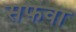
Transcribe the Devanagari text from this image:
सफवा